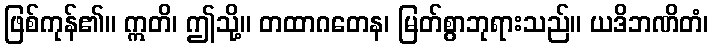
ဖြစ်ကုန်၏။ ဣတိ၊ ဤသို့။ တထာဂတေန၊ မြတ်စွာဘုရားသည်။ ယဒိဘဏိတံ၊